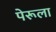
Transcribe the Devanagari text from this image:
पेरूला